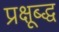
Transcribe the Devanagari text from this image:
प्रक्षूब्द्ध